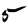
Digit: 5